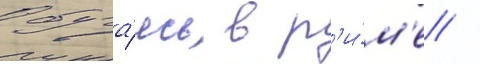
Обуча́ясь в р'и́м'е /